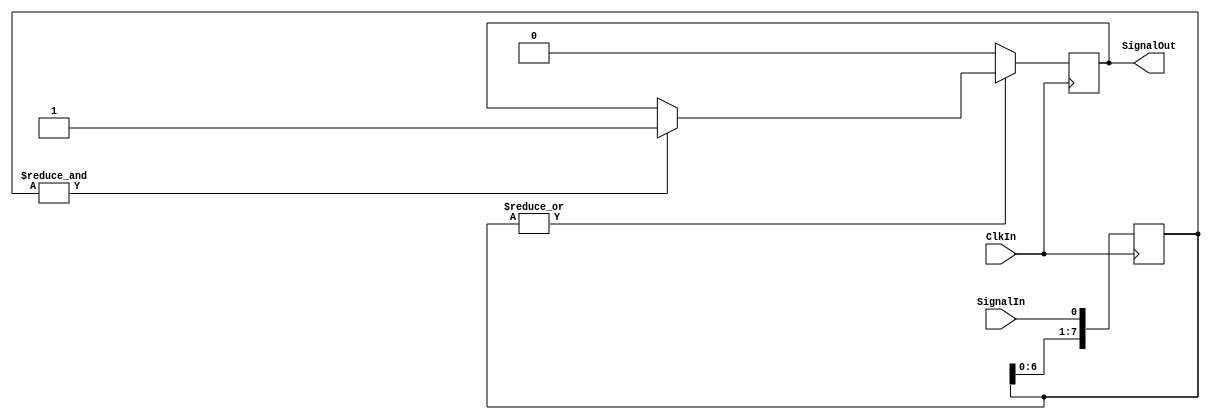
// This program was cloned from: https://github.com/szym-mie/vga3
// License: BSD 3-Clause "New" or "Revised" License

`timescale 1ns/1ps

// Digital spike/overshoot filter 

module filter #(
    parameter STAGES = 8
) (
    input wire ClkIn,
    input wire SignalIn,
    output reg SignalOut
);

reg[STAGES-1:0] Stages;

wire AllHigh = &Stages;
wire AllLow = ~|Stages;

always @(posedge ClkIn) begin
    Stages <= { Stages[STAGES-2:0], SignalIn };
    if (AllHigh) begin
        SignalOut <= 1'b1;
    end
    if (AllLow) begin
        SignalOut <= 1'b0;
    end
end

endmodule